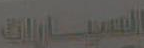
السيارات